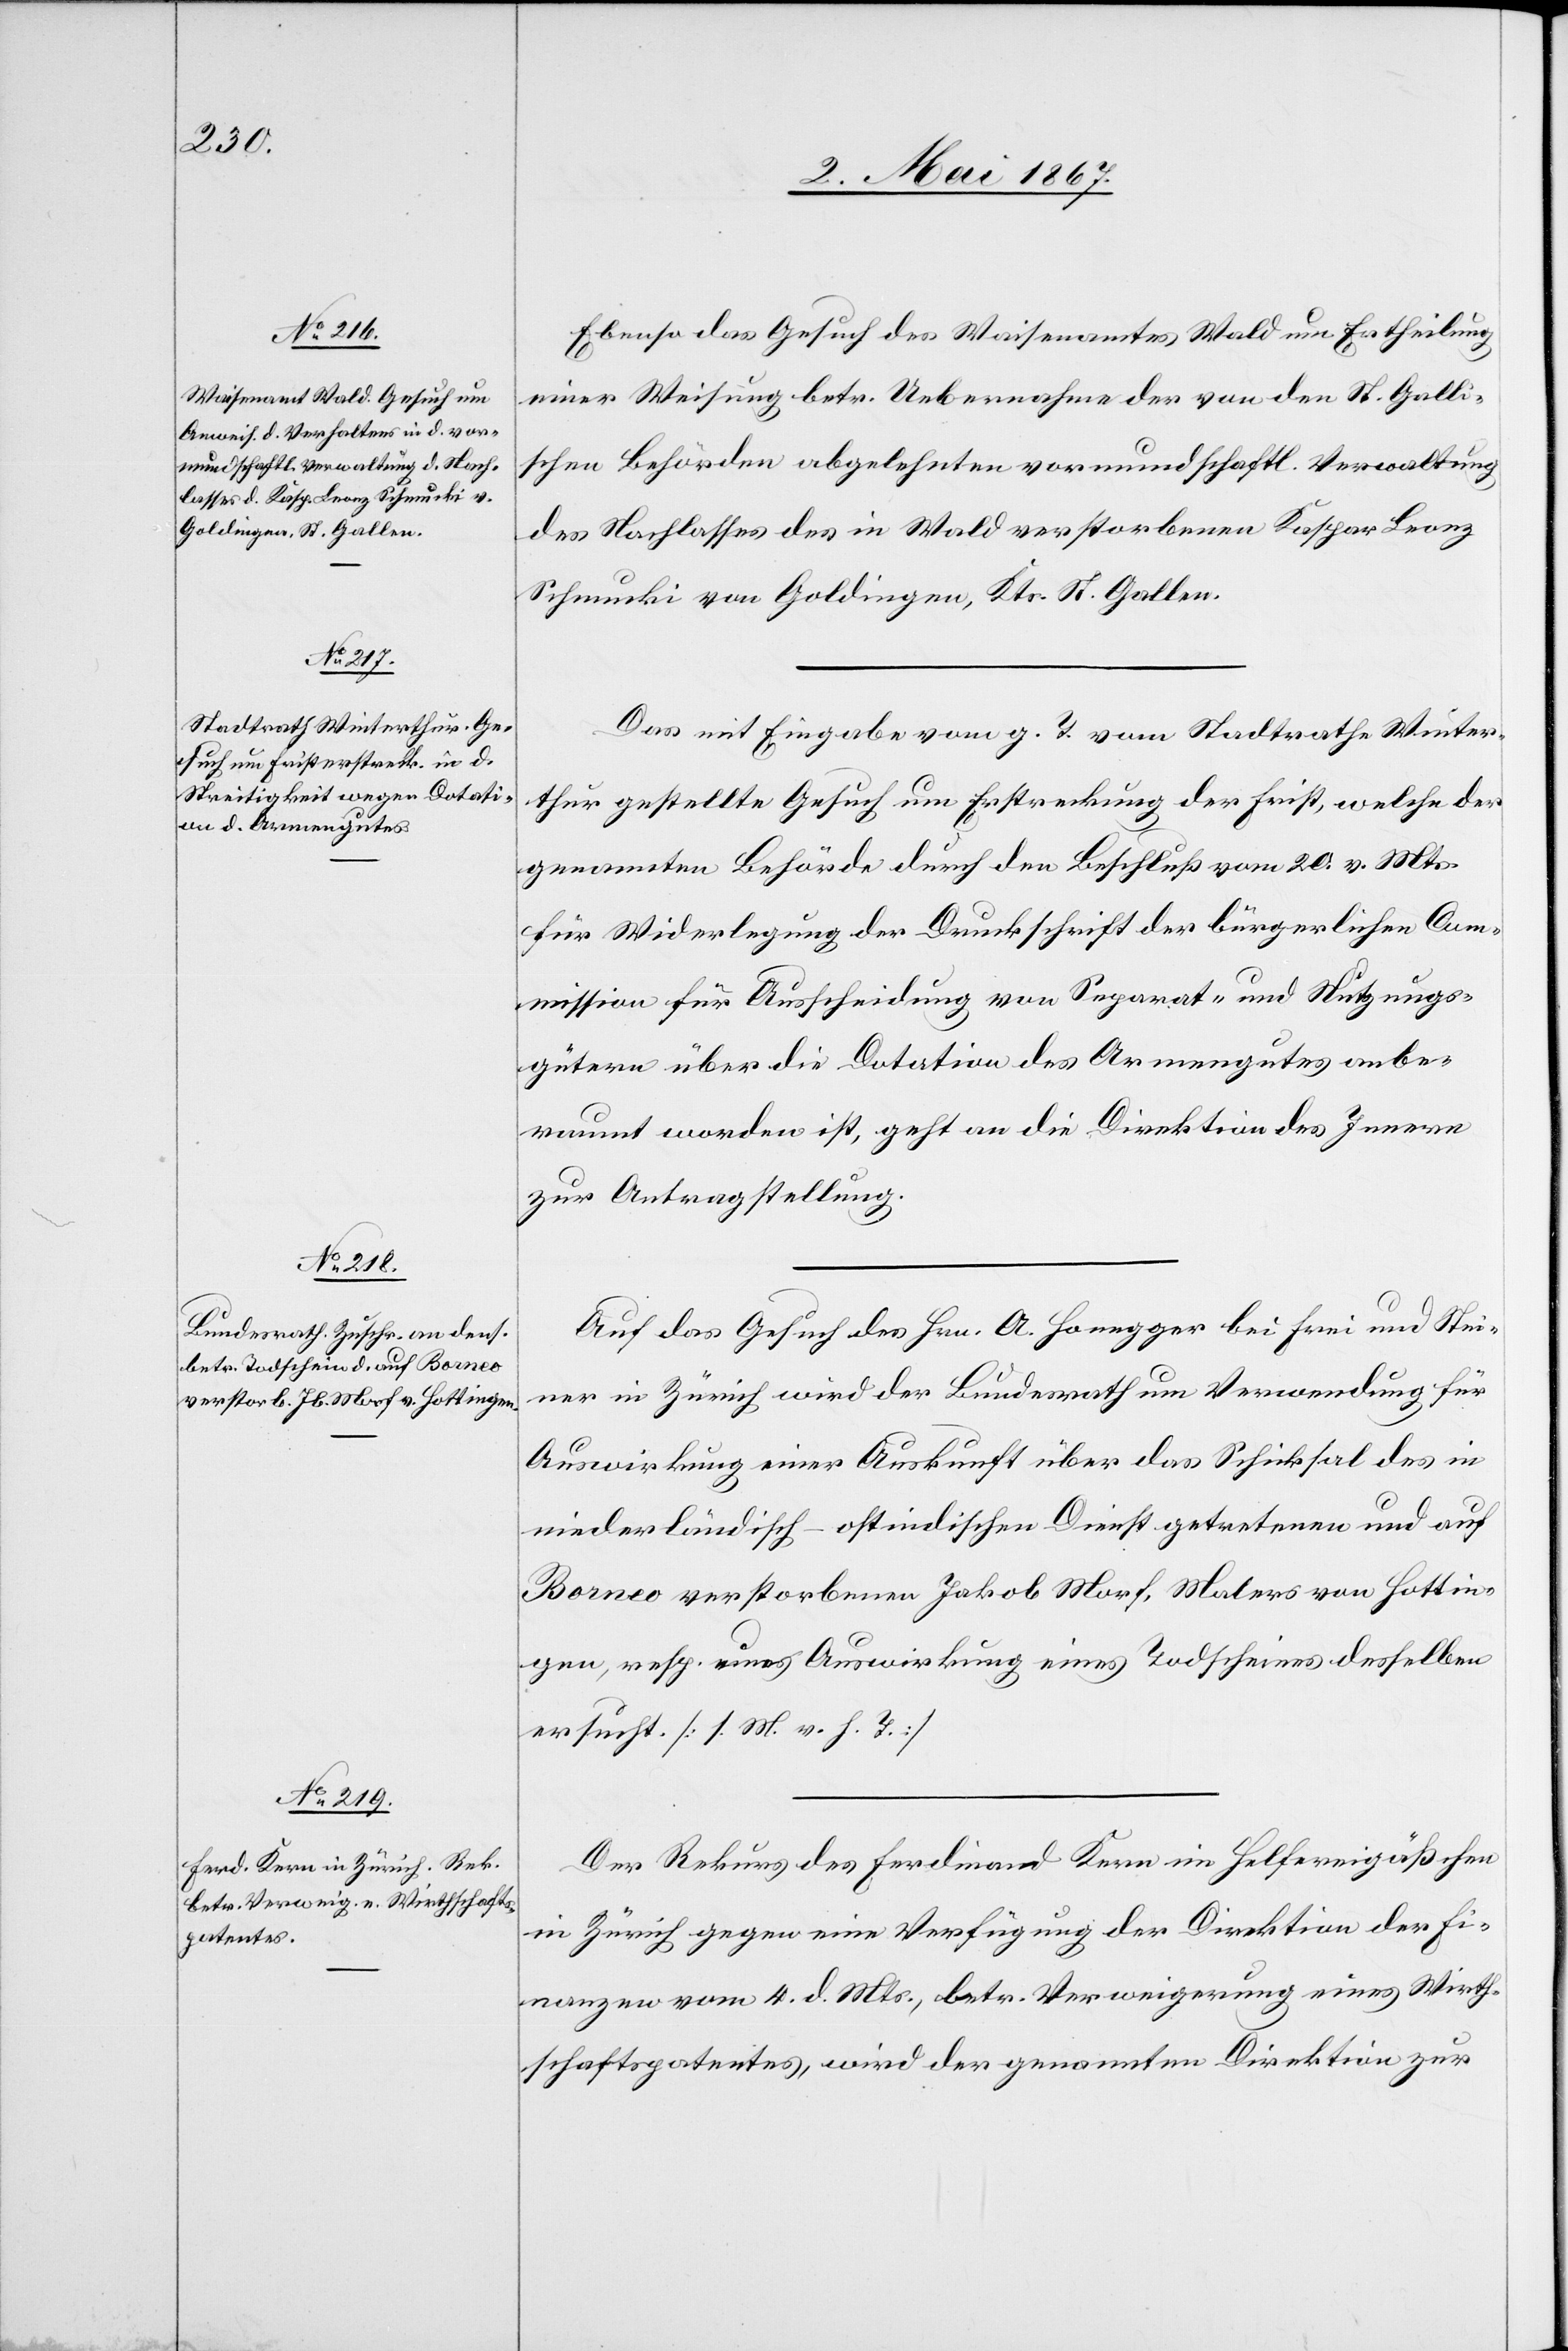
9. Mai 1867.]
Ebenso das Gesuch des Weisenamtes Wald um Ertheilung
einer Weisung betr. Uebernahme der von den St. Galli¬
schen Behörden abgelehnten vormundschaftl. Verwaltung
des Nachlasses des in Wald verstorbenen Kaspar Franz
Schmucki von Goldingen, Kts. St. Gallen.
Das mit Eingabe vom g. T. vom Stadtrathe Winter¬
thur gestellte Gesuch um Ertheilung der Frist, welche der
genannten Behörde durch den Beschluß vom 20. v. Mts
für Widerlegung der Druckschrift der bürgerlichen Com¬
mission für Ausscheidung von Separat- und Nutzungs¬
gütern über die Dotation des Armengutes anbe¬
raumt worden ist, geht an die Direktion des Innern
zur Antragstellung.
Auf das Gesuch des Hrn. A. Honegger bei Frei und Stei¬
ner in Zürich wird der Bundesrath um Verwendung für
Auswirkung einer Auskunft über das Schicksal des in
niederländisch-ostindischen Dienst getretenen und auf
Borneo verstorbenen Jakob Morf, Malers von Hottin¬
gen, resp. eines [sic!] Auswirkung eines Todscheines desselben
ersucht [l. M. v. h. T.]
Der Rekurs des Ferdinand Kern im Helfereigäßchen
in Zürich gegen eine Verfügung der Direktion der Fi¬
nanzen vom 4. d. Mts., betr. Verweigerung eines Wirth¬
schaftspatentes, wird der genannten Direktion zur